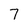
Character: 7